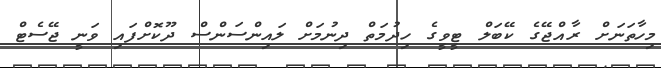
މިހާތަނަށް ރާއްޖޭގެ ކޭބަލް ޓީވީގެ ހިދުމަތް ދިނުމަށް ލައިންސަންސް ދޫކޮށްފައި ވަނީ ޖޭސެޓް